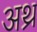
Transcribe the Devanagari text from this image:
अथ्र